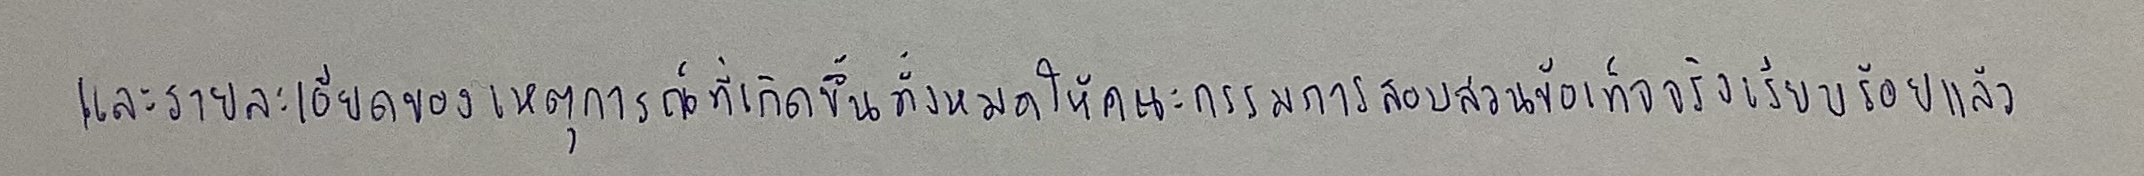
และรายละเอียดของเหตุการณ์ที่เกิดขึ้นทั้งหมดให้คณะกรรมการสอบสวนข้อเท็จจริงเรียบร้อยแล้ว